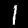
Label: 1